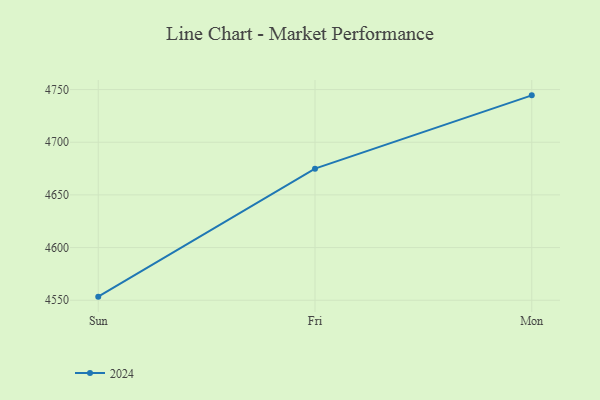
{"axis": {"x": "Day", "y": "Customer Acquisition Cost (USD)"}, "legend": ["2024"], "data": [{"x": "Sun", "y": 4553.4, "type": "2024"}, {"x": "Fri", "y": 4674.9, "type": "2024"}, {"x": "Mon", "y": 4744.5, "type": "2024"}]}